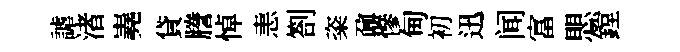
謔渚嶤貸謄悼恚劄粢鼐慘甸初迅闻富愳鏜